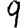
Digit: 9